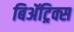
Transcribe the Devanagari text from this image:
बिॲट्रिक्स